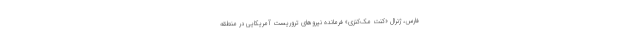
فارس، ژنرال «کنت مک‌کنزی» فرمانده نیروهای تروریست آمریکایی در منطقه